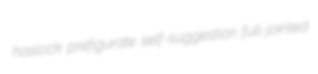
haslock prefigurate self-suggestion full-jointed